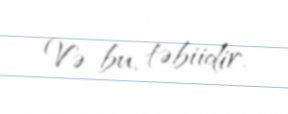
Və bu, təbiidir.